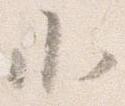
小